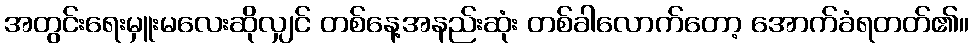
အတွင်းရေးမှူးမလေးဆိုလျှင် တစ်နေ့အနည်းဆုံး တစ်ခါလောက်တော့ အောက်ခံရတတ်၏။